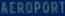
AEROPORT